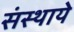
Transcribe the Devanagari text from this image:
संस्थाये